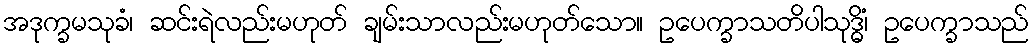
အဒုက္ခမသုခံ၊ ဆင်းရဲလည်းမဟုတ် ချမ်းသာလည်းမဟုတ်သော။ ဥပေက္ခာသတိပါသုဒ္ဓိံ၊ ဥပေက္ခာသည်